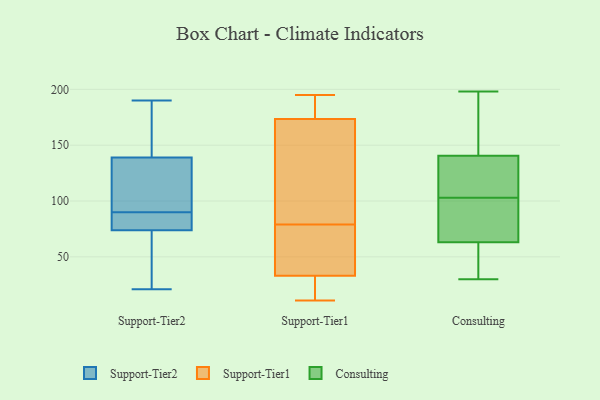
{"axis": {"x": "Shipments", "y": "Value"}, "legend": ["Consulting", "Support-Tier1", "Support-Tier2"], "data": [{"x": "", "y": 134, "type": "Support-Tier2"}, {"x": "", "y": 91, "type": "Support-Tier2"}, {"x": "", "y": 134, "type": "Support-Tier2"}, {"x": "", "y": 172, "type": "Support-Tier2"}, {"x": "", "y": 139, "type": "Support-Tier2"}, {"x": "", "y": 33, "type": "Support-Tier2"}, {"x": "", "y": 64, "type": "Support-Tier2"}, {"x": "", "y": 144, "type": "Support-Tier2"}, {"x": "", "y": 190, "type": "Support-Tier2"}, {"x": "", "y": 90, "type": "Support-Tier2"}, {"x": "", "y": 139, "type": "Support-Tier2"}, {"x": "", "y": 79, "type": "Support-Tier2"}, {"x": "", "y": 84, "type": "Support-Tier2"}, {"x": "", "y": 72, "type": "Support-Tier2"}, {"x": "", "y": 21, "type": "Support-Tier2"}, {"x": "", "y": 82, "type": "Support-Tier2"}, {"x": "", "y": 80, "type": "Support-Tier2"}, {"x": "", "y": 189, "type": "Support-Tier2"}, {"x": "", "y": 69, "type": "Support-Tier2"}, {"x": "", "y": 194, "type": "Support-Tier1"}, {"x": "", "y": 79, "type": "Support-Tier1"}, {"x": "", "y": 33, "type": "Support-Tier1"}, {"x": "", "y": 48, "type": "Support-Tier1"}, {"x": "", "y": 195, "type": "Support-Tier1"}, {"x": "", "y": 162, "type": "Support-Tier1"}, {"x": "", "y": 11, "type": "Support-Tier1"}, {"x": "", "y": 57, "type": "Support-Tier1"}, {"x": "", "y": 163, "type": "Support-Tier1"}, {"x": "", "y": 56, "type": "Support-Tier1"}, {"x": "", "y": 184, "type": "Support-Tier1"}, {"x": "", "y": 24, "type": "Support-Tier1"}, {"x": "", "y": 177, "type": "Support-Tier1"}, {"x": "", "y": 33, "type": "Support-Tier1"}, {"x": "", "y": 98, "type": "Support-Tier1"}, {"x": "", "y": 16, "type": "Support-Tier1"}, {"x": "", "y": 192, "type": "Support-Tier1"}, {"x": "", "y": 101, "type": "Support-Tier1"}, {"x": "", "y": 17, "type": "Support-Tier1"}, {"x": "", "y": 69, "type": "Consulting"}, {"x": "", "y": 92, "type": "Consulting"}, {"x": "", "y": 93, "type": "Consulting"}, {"x": "", "y": 103, "type": "Consulting"}, {"x": "", "y": 40, "type": "Consulting"}, {"x": "", "y": 31, "type": "Consulting"}, {"x": "", "y": 110, "type": "Consulting"}, {"x": "", "y": 198, "type": "Consulting"}, {"x": "", "y": 186, "type": "Consulting"}, {"x": "", "y": 108, "type": "Consulting"}, {"x": "", "y": 142, "type": "Consulting"}, {"x": "", "y": 136, "type": "Consulting"}, {"x": "", "y": 177, "type": "Consulting"}, {"x": "", "y": 30, "type": "Consulting"}, {"x": "", "y": 61, "type": "Consulting"}]}